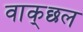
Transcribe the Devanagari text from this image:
वाक्‌छल